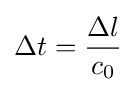
\Delta t={\frac {\Delta l}{c_{0}}}